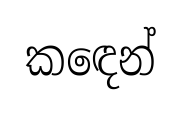
කඳෙන්